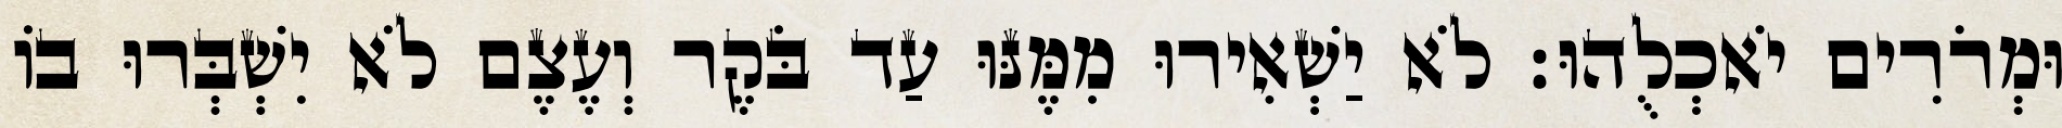
וּמְרֹרִים יֹאכְלֻהוּ׃ לֹא יַשְׁאִירוּ מִמֶּנּוּ עַד בֹּקֶר וְעֶצֶם לֹא יִשְׁבְּרוּ בוֹ